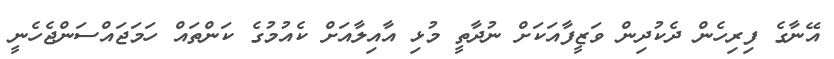
އޭނާގެ ފިރިހެން ދެކުދިން ވަޒީފާއަކަށް ނުދާތީ މުޅި އާއިލާއަށް ކެއުމުގެ ކަންތައް ހަމަޖައްސަންޖެހެނީ